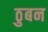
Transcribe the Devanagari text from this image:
ठुबन